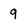
Character: 9